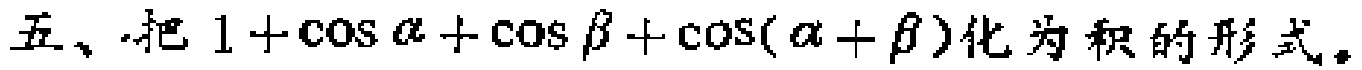
五、把 \(1 + \cos\alpha+\cos\beta+\cos(\alpha + \beta)\)化为积的形式。